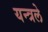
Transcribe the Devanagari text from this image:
यन्त्रले